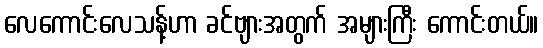
လေကောင်းလေသန့်ဟာ ခင်ဗျားအတွက် အများကြီး ကောင်းတယ်။